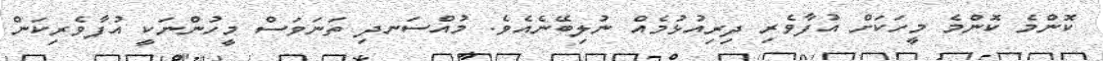
ކޮންމެ ކޮންމެ މީހަކަށް އުފާވެރި ދިރިއުޅުމެއް ނުލިބޭނެއެވެ. މުއްސަނދި ތަނަވަސް މީހުންނަކީ އުފާވެރިކަން